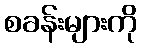
စခန်းများကို